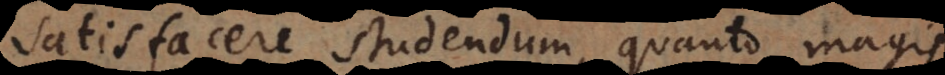
satisfacere studendum, quanto magis